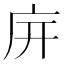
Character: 𢇩